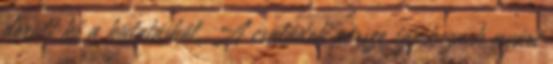
derült ki a kutatásból. A családok persze igyekeznek nyári